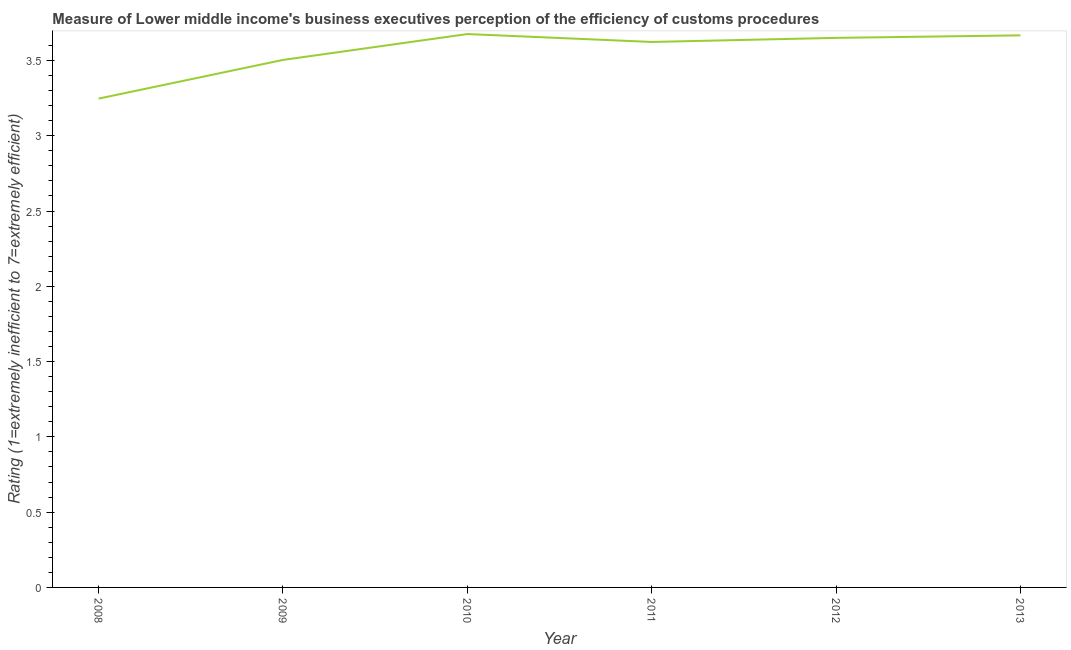
| Year | Burden of customs procedure |
 | --- | --- |
 | 2008 | 3.25 |
 | 2009 | 3.5 |
 | 2010 | 3.68 |
 | 2011 | 3.62 |
 | 2012 | 3.65 |
 | 2013 | 3.67 |